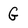
Character: G